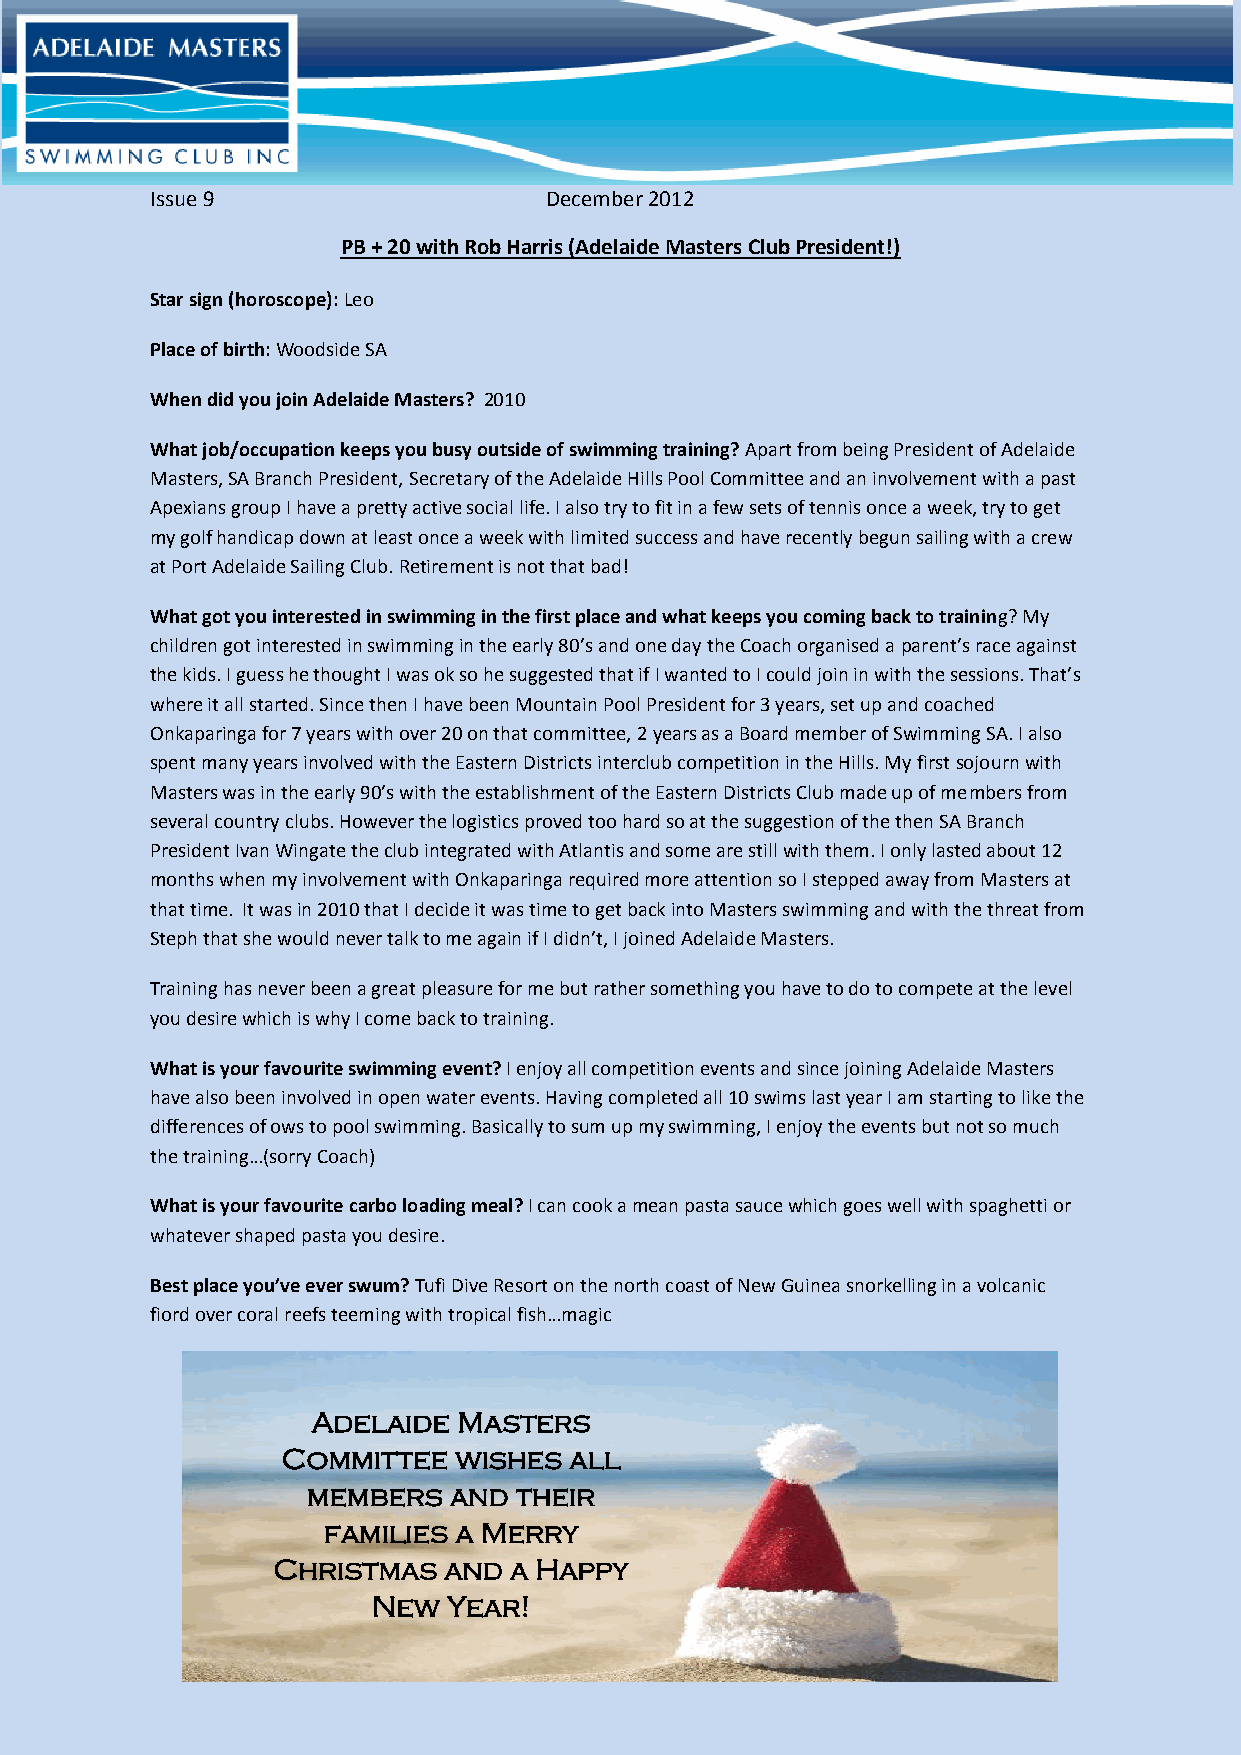
Issue 9                   December 2012
 PB + 20 with Rob Harris (Adelaide Masters Club President!)
 Star sign (horoscope): Leo
 Place of birth: Woodside SA
 When did you join Adelaide Masters? 2010
 What job/occupation keeps you busy outside of swimming training? Apart from being President of Adelaide
 Masters, SA Branch President, Secretary of the Adelaide Hills Pool Committee and an involvement with a past
 Apexians group I have a pretty active social life. I also try to fit in a few sets of tennis once a week, try to get
 my golf handicap down at least once a week with limited success and have recently begun sailing with a crew
 at Port Adelaide Sailing Club. Retirement is not that bad!
 What got you interested in swimming in the first place and what keeps you coming back to training? My
 children got interested in swimming in the early 80’s and one day the Coach organised a parent’s race against
 the kids. I guess he thought I was ok so he suggested that if I wanted to I could join in with the sessions. That’s
 where it all started. Since then I have been Mountain Pool President for 3 years, set up and coached
 Onkaparinga for 7 years with over 20 on that committee, 2 years as a Board member of Swimming SA. I also
 spent many years involved with the Eastern Districts interclub competition in the Hills. My first sojourn with
 Masters was in the early 90’s with the establishment of the Eastern Districts Club made up of members from
 several country clubs. However the logistics proved too hard so at the suggestion of the then SA Branch
 President Ivan Wingate the club integrated with Atlantis and some are still with them. I only lasted about 12
 months when my involvement with Onkaparinga required more attention so I stepped away from Masters at
 that time. It was in 2010 that I decide it was time to get back into Masters swimming and with the threat from
 Steph that she would never talk to me again if I didn’t, I joined Adelaide Masters.
 Training has never been a great pleasure for me but rather something you have to do to compete at the level
 you desire which is why I come back to training.
 What is your favourite swimming event? I enjoy all competition events and since joining Adelaide Masters
 have also been involved in open water events. Having completed all 10 swims last year I am starting to like the
 differences of ows to pool swimming. Basically to sum up my swimming, I enjoy the events but not so much
 the training…(sorry Coach)
 What is your favourite carbo loading meal? I can cook a mean pasta sauce which goes well with spaghetti or
 whatever shaped pasta you desire.
 Best place you’ve ever swum? Tufi Dive Resort on the north coast of New Guinea snorkelling in a volcanic
 fiord over coral reefs teeming with tropical fish…magic
 Adelaide Masters
 Committee  wishes  all
 members   and their
 families a Merry
 Christmas  and  a Happy
 New  Year!